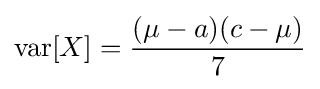
\operatorname {var} [X]={\frac {(\mu -a)(c-\mu )}{7}}